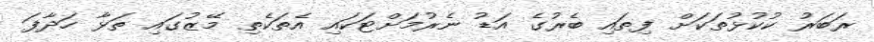
ރަބަރު ކުކުޅުތަކަށް ފިތައި ބެރުގެ އަޑު ނެރުމަށްޓަކައި އެތަކެތި މޭޒުގައި ތަޅާ ހަދާފަ